65_HS1-834228961_62-HQ-83894_SUB_A
Agency: FBI
Page 97
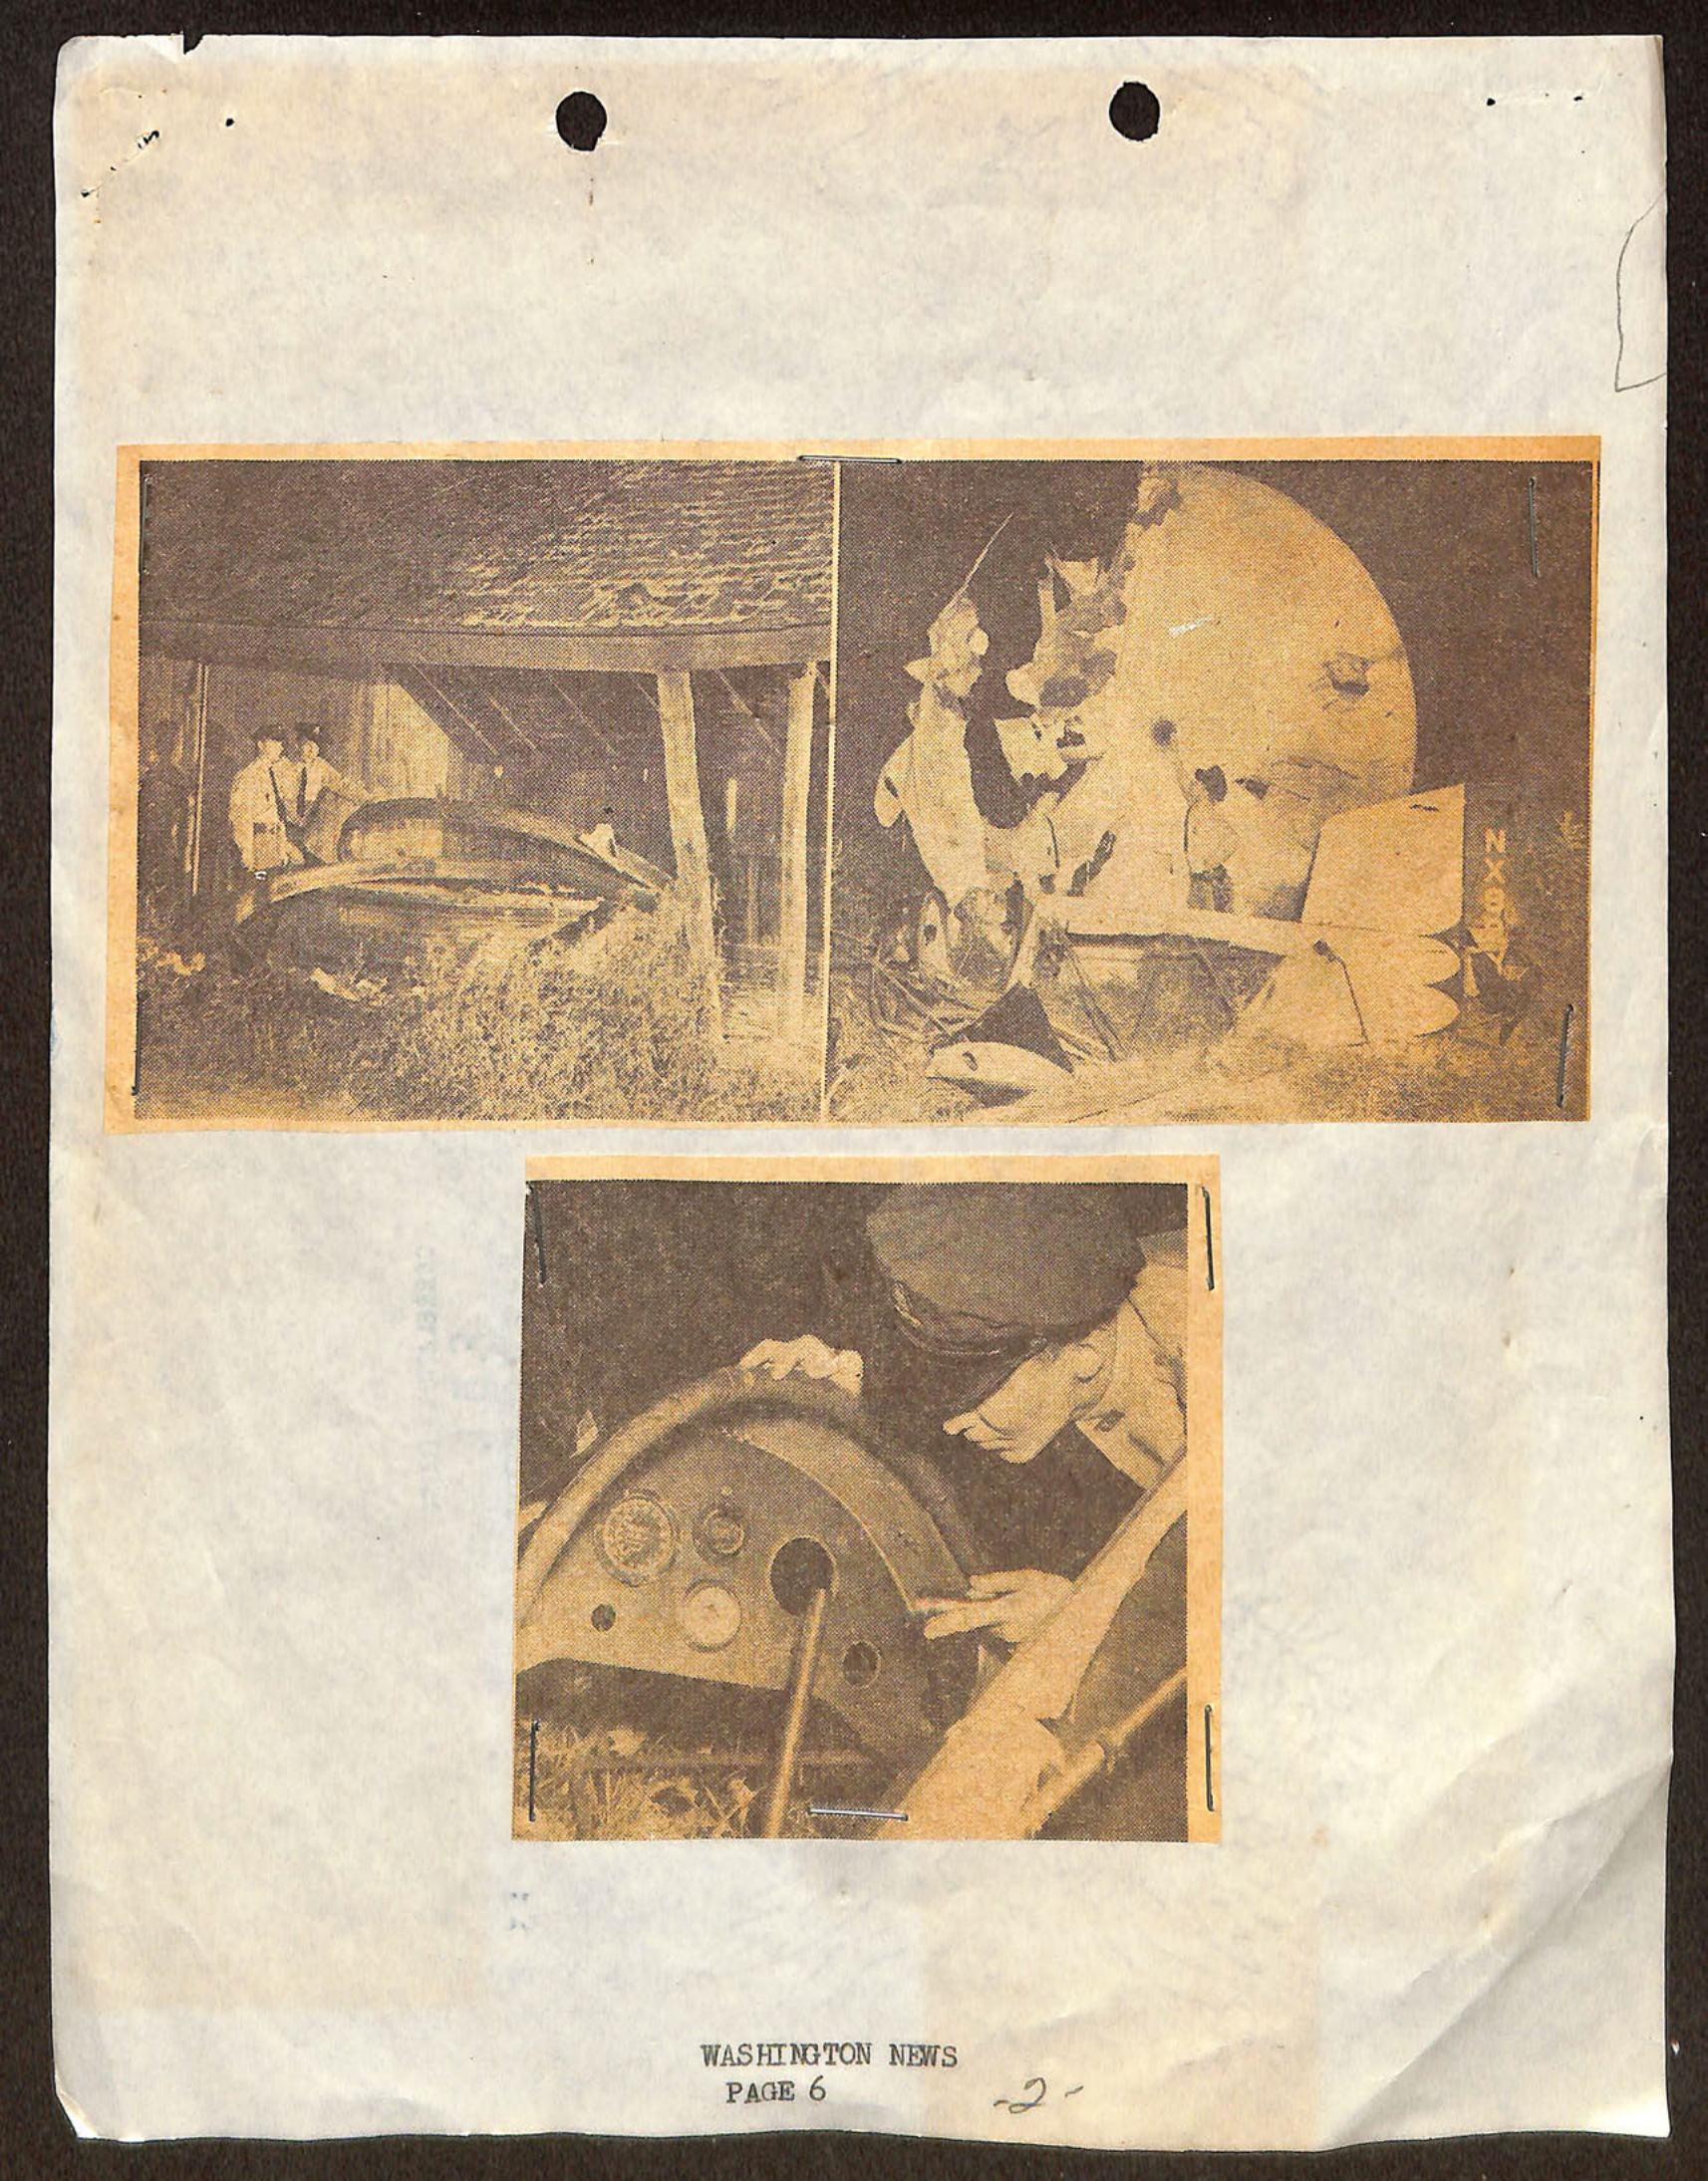